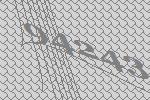
94243